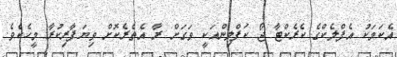
އެކަމަކު އެފްލެކްގެ ކެރެކްޓާ ޖޯ ކަފްލިންއަކީ ވަގަށް ރާ އެތެރެކޮށް ވިޔަފާރިކުރާ މީހެކެވެ.